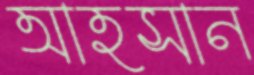
আহসান